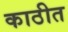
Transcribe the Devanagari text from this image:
काठीत